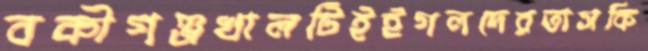
বকীগঞ্জখালটিইইগলদেরতাসকি